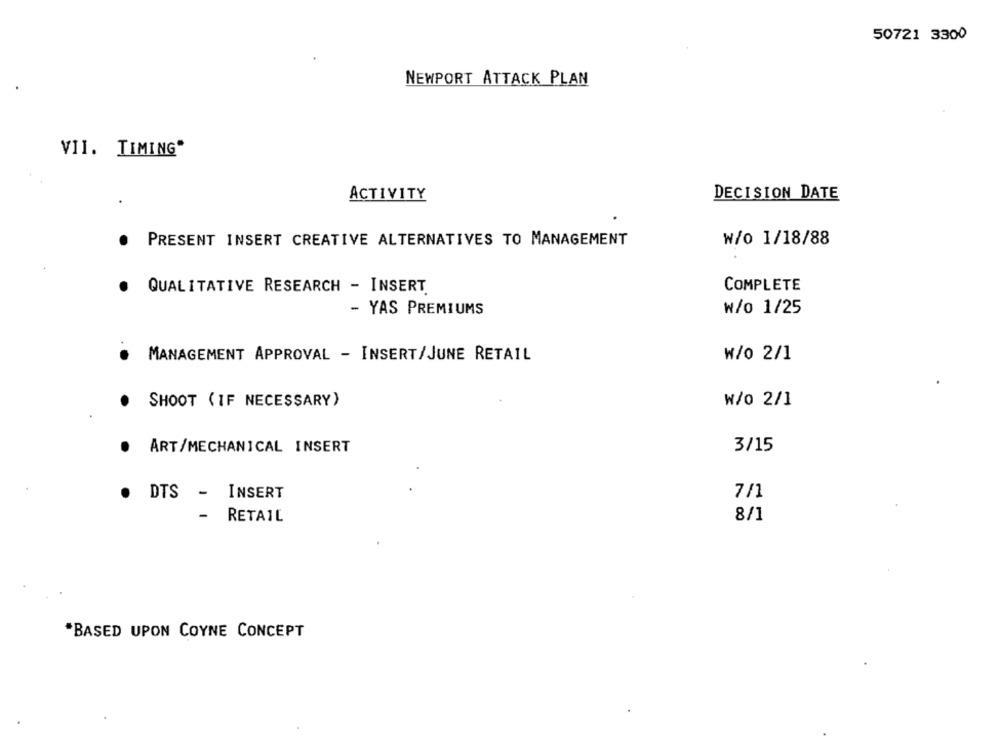
50721 3300
NEWPORT ATTACK PLAN
VII. TIMING"
ACTIVITY
DECISION DATE
PRESENT INSERT CREATIVE ALTERNATIVES TO MANAGEMENT
W/o 1/18/88
QUALITATIVE RESEARCH - INSERT.
COMPLETE
- YAS PREMIUMS
₩/o 1/25
MANAGEMENT APPROVAL - INSERT/JUNE RETAIL
W/o 2/1
SHOOT (IF NECESSARY)
W/o 2/1
ART/MECHANICAL INSERT
3/15
DTS
-
INSERT
7/1
-
RETAIL
8/1
*BASED UPON COYNE CONCEPT